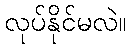
လုပ်နိုင်မလဲ။